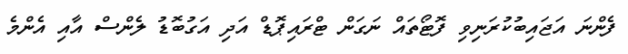
ފެންނަ އަޖައިބުކުރަނިވި ފޮޓޯތައް ނަގަން ޓްރައިޕޮޑް އަދި އަގުބޮޑު ލެންސް އާއި އެންމެ